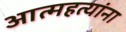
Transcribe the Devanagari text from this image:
आत्महत्यांना